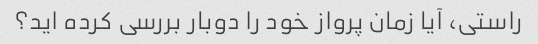
راستی، آیا زمان پرواز خود را دوبار بررسی کرده اید؟